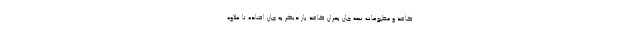
کاغذ و مطبوعات نیمه جان بحران کاغذ بار دیگر به جان افتاده تا علاوه